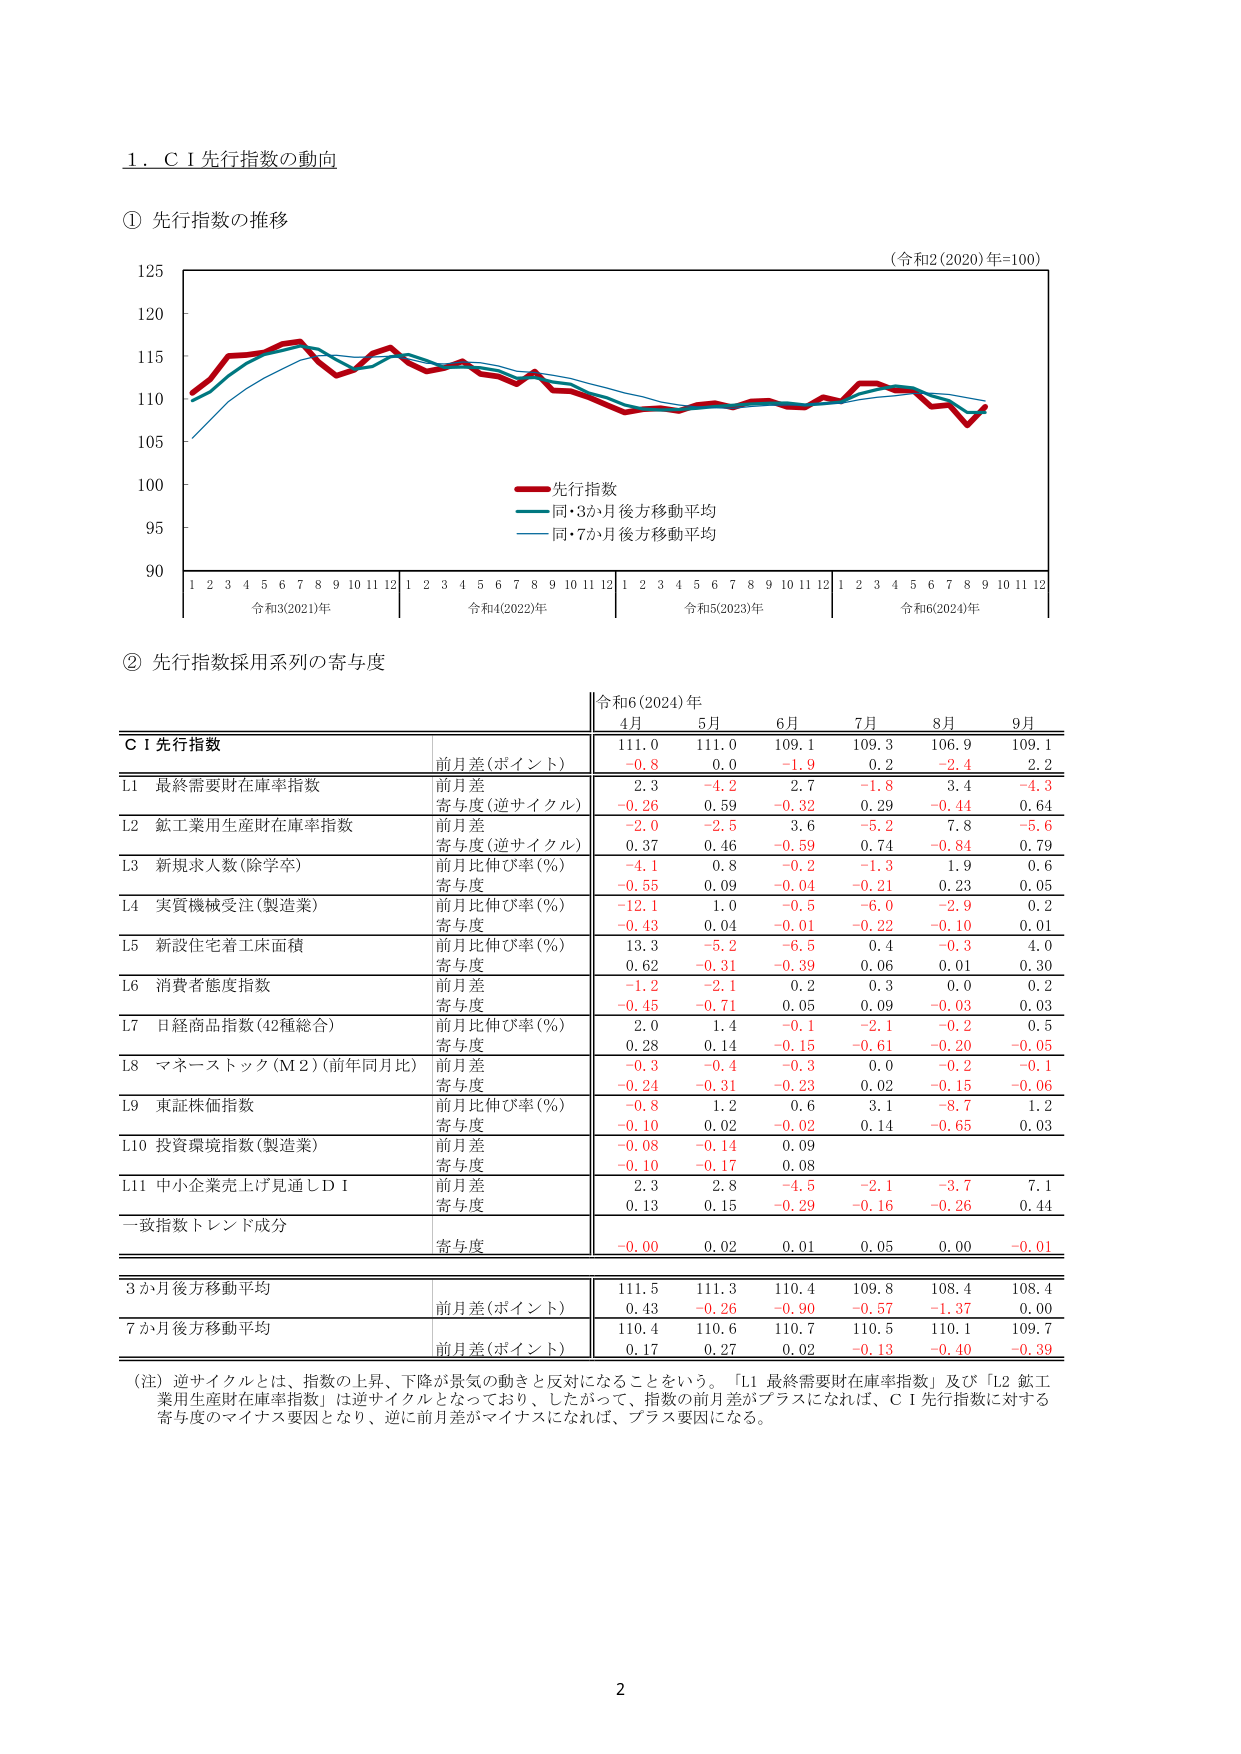
1. C I 先行指数の動向

① 先行指数の推移

(令和2 (2020)年=100)

125
120
115
110
105
100
95
90

1 2 3 4 5 6 7 8 9 10 11 12 1 2 3 4 5 6 7 8 9 10 11 12 1 2 3 4 5 6 7 8 9 10 11 12 1 2 3 4 5 6 7 8 9 10 11 12

令和3(2021)年 令和4(2022)年 令和5(2023)年 令和6(2024)年

先行指数
同・3か月後方移動平均
同・7か月後方移動平均

② 先行指数採用系列の寄与度

令和6 (2024) 年
4月 5月 6月 7月 8月 9月

C I 先行指数
前月差(ポイント)
111.0 111.0 109.1 109.3 106.9 109.1
-0.8 0.0 -1.9 0.2 -2.4 2.2

L1 最終需要財在庫率指数
前月差
2.3 -4.2 2.7 -1.8 3.4 -4.3
寄与度(逆サイクル)
-0.26 0.59 -0.32 0.29 -0.44 0.64

L2 鉱工業用生産財在庫率指数
前月差
-2.0 -2.5 3.6 -5.2 7.8 -5.6
寄与度(逆サイクル)
0.37 0.46 -0.59 0.74 -0.84 0.79

L3 新規求人数(除学卒)
前月比伸び率(%)
-4.1 0.8 -0.2 -1.3 1.9 0.6
寄与度
-0.55 0.09 -0.04 -0.21 0.23 0.05

L4 実質機械受注(製造業)
前月比伸び率(%)
-12.1 1.0 -0.5 -6.0 -2.9 0.2
寄与度
-0.43 0.04 -0.01 -0.22 -0.10 0.01

L5 新設住宅着工床面積
前月比伸び率(%)
13.3 -5.2 -6.5 0.4 -0.3 4.0
寄与度
0.62 -0.31 -0.39 0.06 0.01 0.30

L6 消費者態度指数
前月差
-1.2 -2.1 0.2 0.3 0.0 0.2
寄与度
-0.45 -0.71 0.05 0.09 -0.03 0.03

L7 日経商品指数(42種総合)
前月比伸び率(%)
2.0 1.4 -0.1 -2.1 -0.2 0.5
寄与度
0.28 0.14 -0.15 -0.61 -0.20 -0.05

L8 マネーストック(M2)(前年同月比)
前月差
-0.3 -0.4 -0.3 0.0 -0.2 -0.1
寄与度
-0.24 -0.31 -0.23 0.02 -0.15 -0.06

L9 東証株価指数
前月比伸び率(%)
-0.8 1.2 0.6 3.1 -8.7 1.2
寄与度
-0.10 0.02 -0.02 0.14 -0.65 0.03

L10 投資環境指数(製造業)
前月差
-0.08 -0.14 0.09
寄与度
-0.10 -0.17 0.08

L11 中小企業売上げ見通しＤＩ
前月差
2.3 2.8 -4.5 -2.1 -3.7 7.1
寄与度
0.13 0.15 -0.29 -0.16 -0.26 0.44

一致指数トレンド成分
寄与度
-0.00 0.02 0.01 0.05 0.00 -0.01

3か月後方移動平均
前月差(ポイント)
111.5 111.3 110.4 109.8 108.4 108.4
0.43 -0.26 -0.90 -0.57 -1.37 0.00

7か月後方移動平均
前月差(ポイント)
110.4 110.6 110.7 110.5 110.1 109.7
0.17 0.27 0.02 -0.13 -0.40 -0.39

(注) 逆サイクルとは、指数の上昇、下降が景気の動きと反対になることをいう。「L1 最終需要財在庫率指数」及び「L2 鉱工業用生産財在庫率指数」は逆サイクルとなっており、したがって、指数の前月差がプラスになれば、C I 先行指数に対する寄与度のマイナス要因となり、逆に前月差がマイナスになれば、プラス要因になる。

2